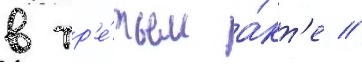
в тр'е́тьем а́кт'е //